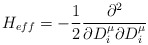
\begin{align*}H_{eff} = -\frac{1}{2} \frac{ \partial^{2}}{\partial D_{i}^{\mu}\partial D_{i}^{\mu}}\end{align*}